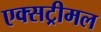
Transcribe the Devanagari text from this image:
एक्सट्रीमल